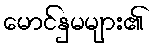
မောင်နှမများ၏